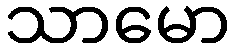
သာမော